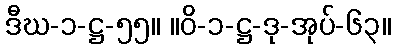
ဒီဃ-၁-ဋ္ဌ-၅၅။ ။ဝိ-၁-ဋ္ဌ-ဒု-အုပ်-၆၃။